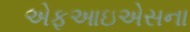
એફઆઇએસના